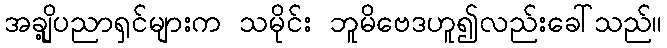
အချို့ပညာရှင်များက သမိုင်း ဘူမိဗေဒဟူ၍လည်းခေါ်သည်။